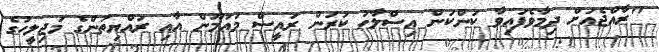
"ރާއްޖެއަށް ދިމާވެފައިވާ ކަންކަން އިސްލާހު ކުރަން ރައީސް މައުމޫން އާއި ރައްޔިތުންގެ މަޖިލީހުގެ